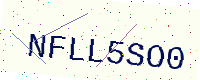
Text: NFLL5SO0